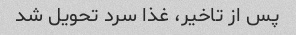
پس از تاخیر، غذا سرد تحویل شد